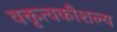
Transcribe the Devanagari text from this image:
वक्तृत्वकौशल्य